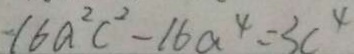
- 1 6 a ^ { 2 } c ^ { 2 } - 1 6 a ^ { 4 } = 3 c ^ { 4 }